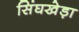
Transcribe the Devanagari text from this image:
सिंघखेड़ा